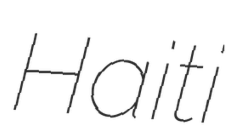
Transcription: Haiti